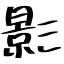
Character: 影